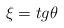
LaTeX: \begin{align*}\xi=tg\theta \end{align*}